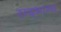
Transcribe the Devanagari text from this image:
सद्‌भाग्य